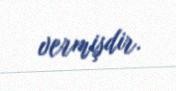
vermişdir.